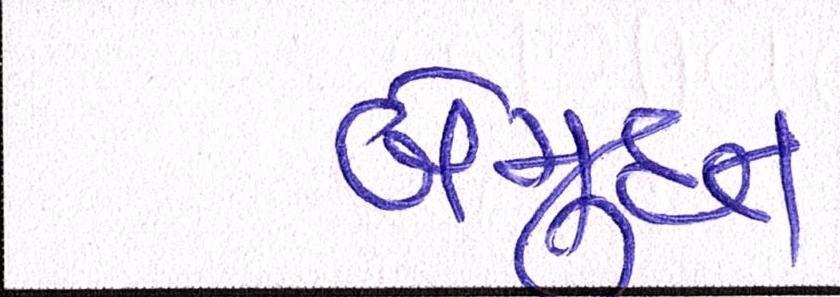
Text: બેમુદત